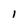
Character: l